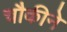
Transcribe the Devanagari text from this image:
चौकीने